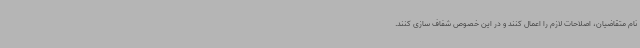
نام متقاضیان، اصلاحات لازم را اعمال کنند و در این خصوص شفاف سازی کنند.